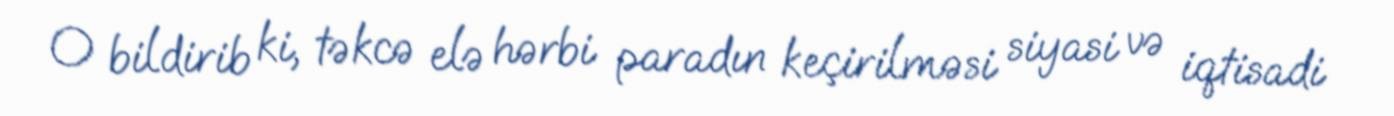
O bildirib ki, təkcə elə hərbi paradın keçirilməsi siyasi və iqtisadi